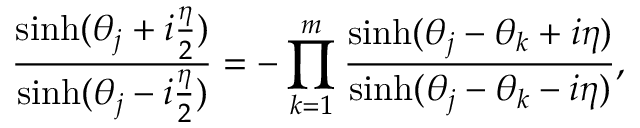
\frac { \sinh ( { \theta _ { j } + i { \frac { \eta } { 2 } } } ) } { \sinh ( { \theta _ { j } - i { \frac { \eta } { 2 } } } ) } = - \prod _ { k = 1 } ^ { m } \frac { \sinh ( { \theta _ { j } - \theta _ { k } + i \eta } ) } { \sinh ( { \theta _ { j } - \theta _ { k } - i \eta } ) } ,